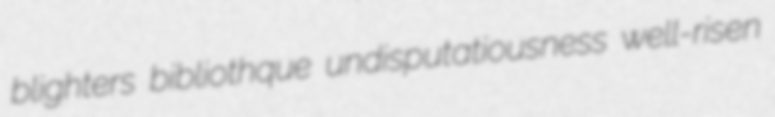
blighters bibliothque undisputatiousness well-risen